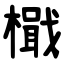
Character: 檝